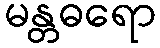
မန္တဓရော